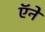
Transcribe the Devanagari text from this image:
ऍने